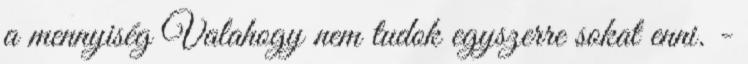
a mennyiség Valahogy nem tudok egyszerre sokat enni. -